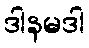
ဒါနမဒါ